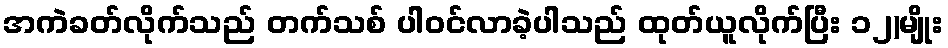
အကဲခတ်လိုက်သည် တက်သစ် ပါဝင်လာခဲ့ပါသည် ထုတ်ယူလိုက်ပြီး ၁၂)မျိုး